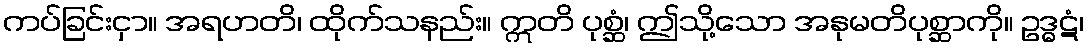
ကပ်ခြင်းငှာ။ အရဟတိ၊ ထိုက်သနည်း။ ဣတိ ပုစ္ဆံ၊ ဤသို့သော အနုမတိပုစ္ဆာကို။ ဥဒ္ဓဋံ၊